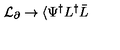
{ \cal L } _ { \partial } \rightarrow \langle \Psi ^ { \dagger } L ^ { \dagger } \bar { L }